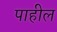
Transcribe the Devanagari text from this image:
पाहील